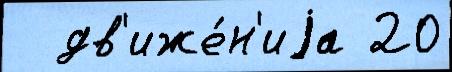
  дв'иже́н'иjа 20